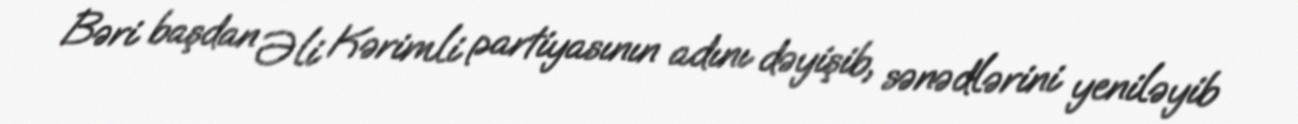
Bəri başdan Əli Kərimli partiyasının adını dəyişib, sənədlərini yeniləyib